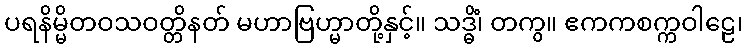
ပရနိမ္မိတဝသဝတ္တိနတ် မဟာဗြဟ္မာတို့နှင့်။ သဒ္ဓိံ၊ တကွ။ ဧကကစက္ကဝါဠေ၊